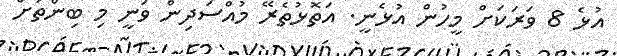
އުޅެ 8 ވަރަކަށް މީހުން އުޅެނީ. އަތޮޅުތެރޭ މުއްސަދިން ވަނީ މި ބިންތަށް